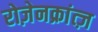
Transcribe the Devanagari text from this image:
रोज़ेनक्रांत्ज़